Subject: math
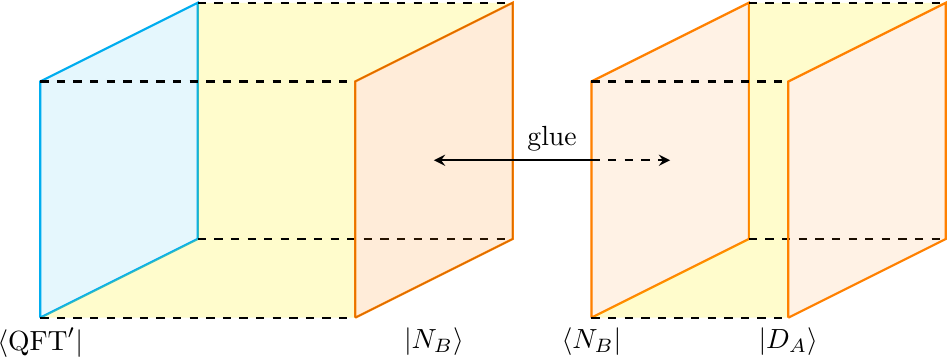
LaTeX code:
    \begin{tikzpicture}[baseline={([yshift=-1ex]current bounding box.center)},vertex/.style={anchor=base,
    circle,fill=black!25,minimum size=18pt,inner sep=2pt},scale=1]
        \draw[cyan, thick] (0,0) -- (0,3) -- (2,4) -- (2,1) -- (0,0);
        \draw[cyan, thick, fill = cyan, opacity = 0.1] (0,0) -- (0,3) -- (2,4) -- (2,1) -- (0,0);

        \fill[yellow, opacity = 0.2] (0,0) -- (4,0) -- (4,1) -- (2,1) -- (0,0);
        \fill[yellow, opacity = 0.2] (2,1) -- (4,1) -- (4,3) -- (2,3) -- (2,1);
        \fill[yellow, opacity = 0.2] (2,3) -- (4,3) -- (6,4) -- (2,4) -- (2,3);

        \draw[black, thick, dashed] (0,0) -- (4,0);
        \draw[black, thick, dashed] (2,1) -- (6,1);
        \draw[black, thick, dashed] (0,3) -- (4,3);
        \draw[black, thick, dashed] (2,4) -- (6,4);

        \draw[orange, thick] (4,0) -- (4,3) -- (6,4) -- (6,1) -- (4,0);
        \draw[fill = orange, opacity = 0.15] (4,0) -- (4,3) -- (6,4) -- (6,1) -- (4,0);

        \node[below] at (5,0) {$|N_B\rangle$};
        \node[below] at (0,0) {$\langle {\rm QFT}'|$};

        \node[above] at (6.5,2) {glue};

        \draw[orange, thick] (7,0) -- (7,3) -- (9,4) -- (9,1) -- (7,0);
        \draw[orange, thick, fill = orange, opacity = 0.1] (7,0) -- (7,3) -- (9,4) -- (9,1) -- (7,0);

        \node[below] at (7,0) {$\langle N_B|$};

        \fill[yellow, opacity = 0.2] (7,0) -- (9.5,0) -- (9.5,1) -- (9,1) -- (7,0);
        \fill[yellow, opacity = 0.2] (9,1) -- (9.5,1) -- (9.5,3) -- (9,3) -- (9,1);
        \fill[yellow, opacity = 0.2] (9,3) -- (9.5,3) -- (11.5,4) -- (9,4) -- (9,3);

        \draw[black, thick, dashed] (7,0) -- (9.5,0);
        \draw[black, thick, dashed] (9,1) -- (11.5,1);
        \draw[black, thick, dashed] (7,3) -- (9.5,3);
        \draw[black, thick, dashed] (9,4) -- (11.5,4);

        \draw[orange, thick] (9.5,0) -- (9.5,3) -- (11.5,4) -- (11.5,1) -- (9.5,0);
        \draw[orange, thick, fill = orange, opacity = 0.1] (9.5,0) -- (9.5,3) -- (11.5,4) -- (11.5,1) -- (9.5,0);

        \draw[black, thick, stealth-] (5,2) -- (7,2);
        \draw[black, thick, dashed, -stealth] (7,2) -- (8,2);

        \node[below] at (9.5,0) {$| D_A\rangle$};
    \end{tikzpicture}